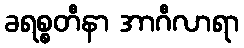
ခရစ္စတီနာ အာဂီလာရာ